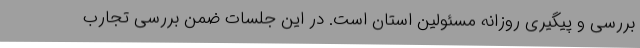
بررسی و پیگیری روزانه مسئولین استان است. در این جلسات ضمن بررسی تجارب